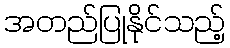
အတည်ပြုနိုင်သည့်